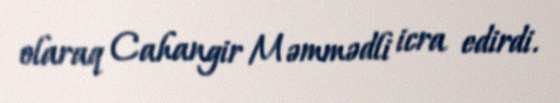
olaraq Cahangir Məmmədli icra edirdi.